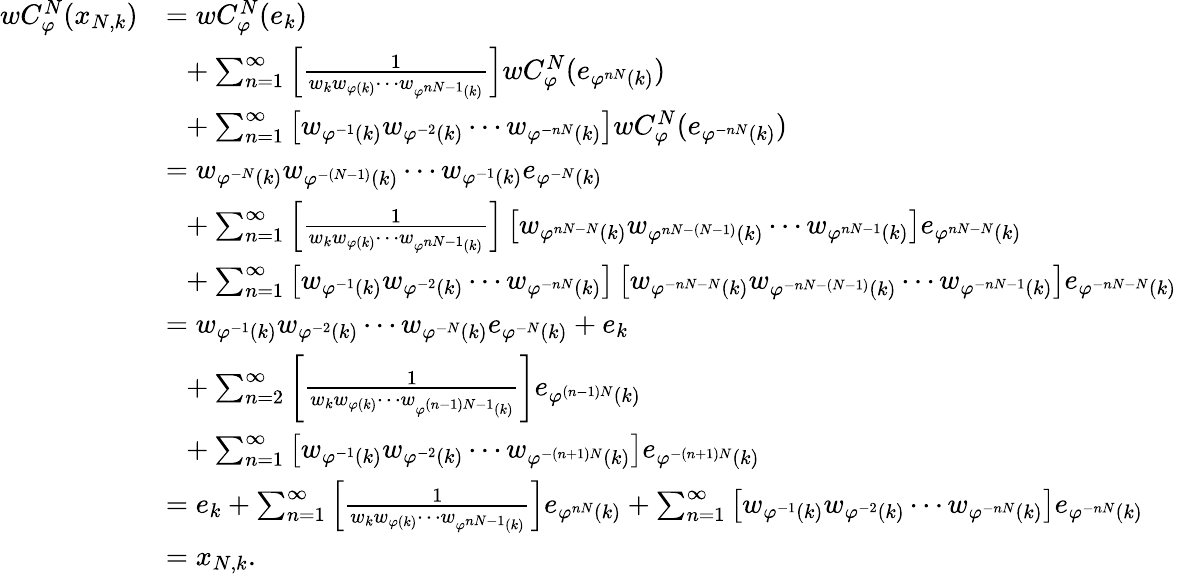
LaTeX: \begin{array}{rl}{wC_{\varphi}^{N}(x_{N,k})}&{=wC_{\varphi}^{N}(e_{k})}\\ &{\ \ +\sum_{n=1}^{\infty}{\left[\frac{1}{w_{k}w_{\varphi(k)}\cdots w_{\varphi^{nN-1}(k)}}\right]wC_{\varphi}^{N}(e_{\varphi^{nN}(k)})}}\\ &{\ \ +\sum_{n=1}^{\infty}{\left[w_{\varphi^{-1}(k)}w_{\varphi^{-2}(k)}\cdots w_{\varphi^{-nN}(k)}\right]wC_{\varphi}^{N}(e_{\varphi^{-nN}(k)})}}\\ &{=w_{\varphi^{-N}(k)}w_{\varphi^{-(N-1)}(k)}\cdots w_{\varphi^{-1}(k)}e_{\varphi^{-N}(k)}}\\ &{\ \ +\sum_{n=1}^{\infty}{\left[\frac{1}{w_{k}w_{\varphi(k)}\cdots w_{\varphi^{nN-1}(k)}}\right]\left[w_{\varphi^{nN-N}(k)}w_{\varphi^{nN-(N-1)}(k)}\cdots w_{\varphi^{nN-1}(k)}\right]e_{\varphi^{nN-N}(k)}}}\\ &{\ \ +\sum_{n=1}^{\infty}{\left[w_{\varphi^{-1}(k)}w_{\varphi^{-2}(k)}\cdots w_{\varphi^{-nN}(k)}\right]\left[w_{\varphi^{-nN-N}(k)}w_{\varphi^{-nN-(N-1)}(k)}\cdots w_{\varphi^{-nN-1}(k)}\right]e_{\varphi^{-nN-N}(k)}}}\\ &{=w_{\varphi^{-1}(k)}w_{\varphi^{-2}(k)}\cdots w_{\varphi^{-N}(k)}e_{\varphi^{-N}(k)}+e_{k}}\\ &{\ \ +\sum_{n=2}^{\infty}{\left[\frac{1}{w_{k}w_{\varphi(k)}\cdots w_{\varphi^{(n-1)N-1}(k)}}\right]e_{\varphi^{(n-1)N}(k)}}}\\ &{\ \ +\sum_{n=1}^{\infty}{\left[w_{\varphi^{-1}(k)}w_{\varphi^{-2}(k)}\cdots w_{\varphi^{-(n+1)N}(k)}\right]e_{\varphi^{-(n+1)N}(k)}}}\\ &{=e_{k}+\sum_{n=1}^{\infty}{\left[\frac{1}{w_{k}w_{\varphi(k)}\cdots w_{\varphi^{nN-1}(k)}}\right]e_{\varphi^{nN}(k)}}+\sum_{n=1}^{\infty}{\left[w_{\varphi^{-1}(k)}w_{\varphi^{-2}(k)}\cdots w_{\varphi^{-nN}(k)}\right]e_{\varphi^{-nN}(k)}}}\\ &{=x_{N,k}.}\end{array}